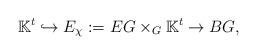
LaTeX: \begin{align*} \mathbb{K}^t \hookrightarrow E_\chi:=EG\times_G \mathbb{K}^t\rightarrow BG, \end{align*}